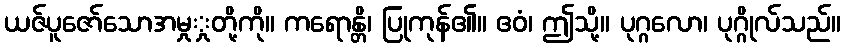
ယဇ်ပူဇော်သောအမှုှုတို့ကို။ ကရောန္တိ၊ ပြုကုန်၏။ ဧဝံ၊ ဤသို့။ ပုဂ္ဂလော၊ ပုဂ္ဂိုလ်သည်။